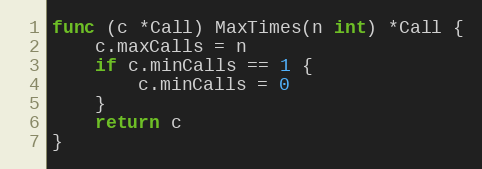
Language: Go
func (c *Call) MaxTimes(n int) *Call {
	c.maxCalls = n
	if c.minCalls == 1 {
		c.minCalls = 0
	}
	return c
}